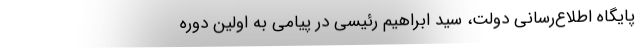
پایگاه اطلاع‌رسانی دولت، سید ابراهیم رئیسی در پیامی به اولین دوره